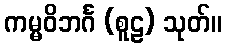
ကမ္မဝိဘင်္ဂ (စူဠ) သုတ်။